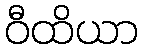
ဝီထိယာ